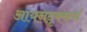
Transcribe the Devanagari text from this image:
आयनदृक्कर्म